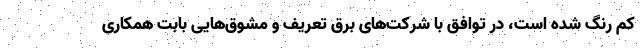
کم رنگ شده است، در توافق با شرکت‌های برق تعریف و مشوق‌هایی بابت همکاری